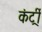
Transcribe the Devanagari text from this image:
कंर्ट्री